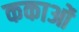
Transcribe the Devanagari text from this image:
ककाओं